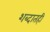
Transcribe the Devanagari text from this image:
शब्दातही